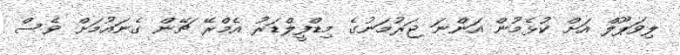
ލިވަޕޫލް އަށް ކުޅެމުން އަންނަ ޖަރުމަނުގެ މިޑްފީލްޑަރު އެމްރޭ ޗޭން ގެނައުމަށް ވެސް